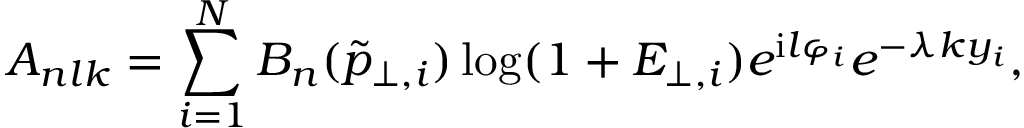
A _ { n l k } = \sum _ { i = 1 } ^ { N } B _ { n } ( \tilde { p } _ { \perp , i } ) \log ( 1 + E _ { \perp , i } ) e ^ { \mathrm { i } l \varphi _ { i } } e ^ { - \lambda k y _ { i } } ,